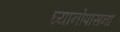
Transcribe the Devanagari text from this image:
घ्यानोपासना